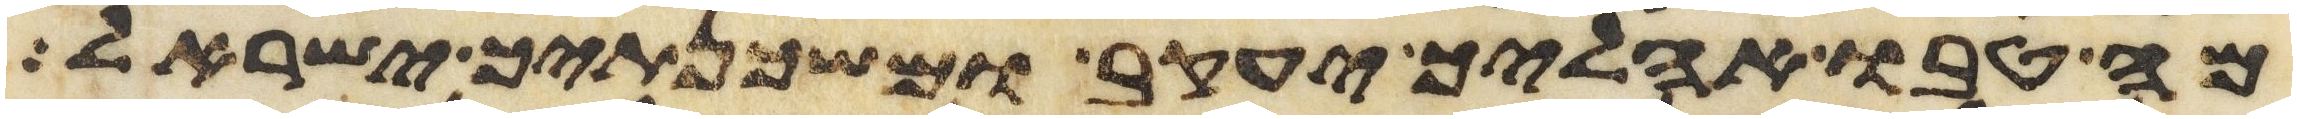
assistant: מה טבו אהליך יעקב ומשכנתיך ישראל